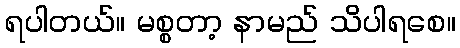
ရပါတယ်။ မစ္စတာ့ နာမည် သိပါရစေ။